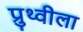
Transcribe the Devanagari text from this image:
प्रुथ्वीला